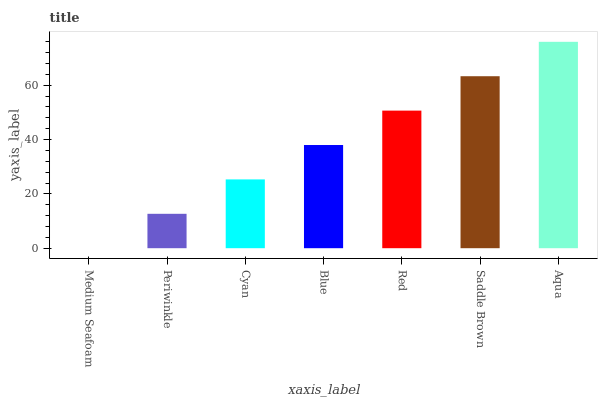
| xaxis_label | bars |
 | --- | --- |
 | Medium Seafoam | 0 |
 | Periwinkle | 12.7 |
 | Cyan | 25.3 |
 | Blue | 38 |
 | Red | 50.7 |
 | Saddle Brown | 63.3 |
 | Aqua | 76 |